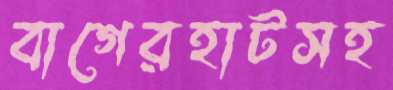
বাগেরহাটসহ